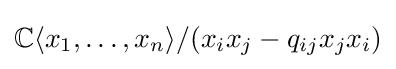
\mathbb {C} \langle x_{1},\ldots ,x_{n}\rangle /(x_{i}x_{j}-q_{ij}x_{j}x_{i})